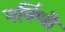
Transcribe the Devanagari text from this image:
गर्विणी